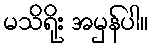
မသိရိုး အမှန်ပါ။